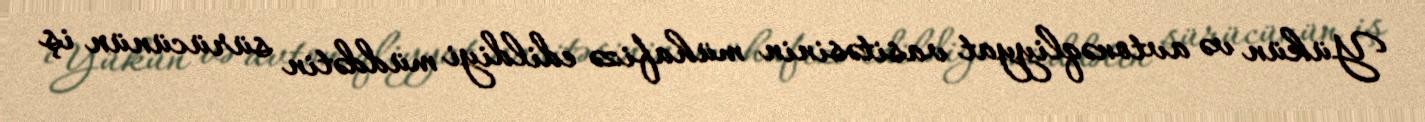
Yükün və avtonəqliyyat vasitəsinin mühafizə edildiyi müddətin sürücünün iş